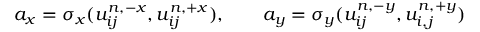
a _ { x } = \sigma _ { x } ( u _ { i j } ^ { n , - x } , u _ { i j } ^ { n , + x } ) , \qquad a _ { y } = \sigma _ { y } ( u _ { i j } ^ { n , - y } , u _ { i , j } ^ { n , + y } )